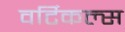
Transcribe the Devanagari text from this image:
वर्टिकल्स